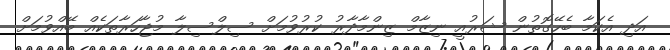
އަދި އެކަމާ ބެހޭގޮތުން ޝަރުއީ ނިޒާމް ޒިންމާދާރު ކުރުވުމަށް ސިލްސިލާ މުޖާހަރާތަކެއް ބޭއްވުމަށް